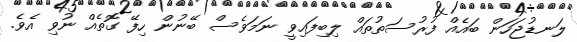
ލަނޑުޖަހަން ބައެއް ފުރުސަތުތައް ލިބިފައިވީ ނަމަވެސް ބޭނުން ހިފޭ ގޮތެއް ނުވި އެވެ.